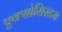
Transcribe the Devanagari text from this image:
एक्सोसिस्टम